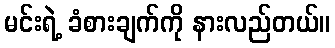
မင်းရဲ့ ခံစားချက်ကို နားလည်တယ်။